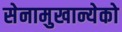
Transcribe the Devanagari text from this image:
सेनामुखान्येको